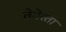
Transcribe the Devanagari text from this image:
तेगेस्ता